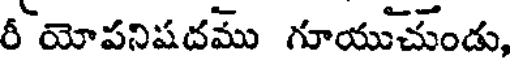
రీ యోపనిషదము గూయుచుండు,